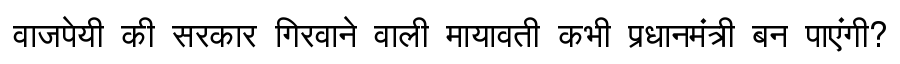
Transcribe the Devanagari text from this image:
वाजपेयी की सरकार गिरवाने वाली मायावती कभी प्रधानमंत्री बन पाएंगी?